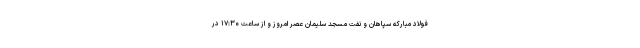
فولاد مبارکه سپاهان و نفت مسجد سلیمان عصر امروز و از ساعت ۱۷:۳۰ در